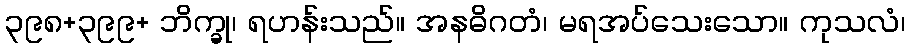
၃၉၈+၃၉၉+ ဘိက္ခု၊ ရဟန်းသည်။ အနဓိဂတံ၊ မရအပ်သေးသော။ ကုသလံ၊